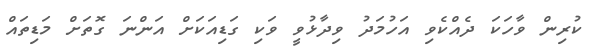
ކުރިން ވާހަކަ ދެއްކެވި އަހުމަދު ވިދާޅުވީ ވަކި ގަޑިއަކަށް އަންނަ ގޮތަށް މަޑިތައް